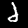
Digit: 2